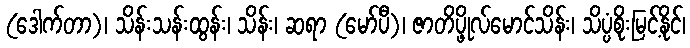
(ဒေါက်တာ)၊ သိန်းသန်းထွန်း၊ သိန်း၊ ဆရာ (မော်ပီ)၊ ဇာတိပ္ဖိုလ်မောင်သိန်း၊ သိပ္ပံစိုးမြင့်နိုင်၊